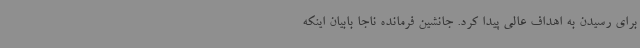
برای رسیدن به اهداف عالی پیدا کرد. جانشین فرمانده ناجا بابیان اینکه